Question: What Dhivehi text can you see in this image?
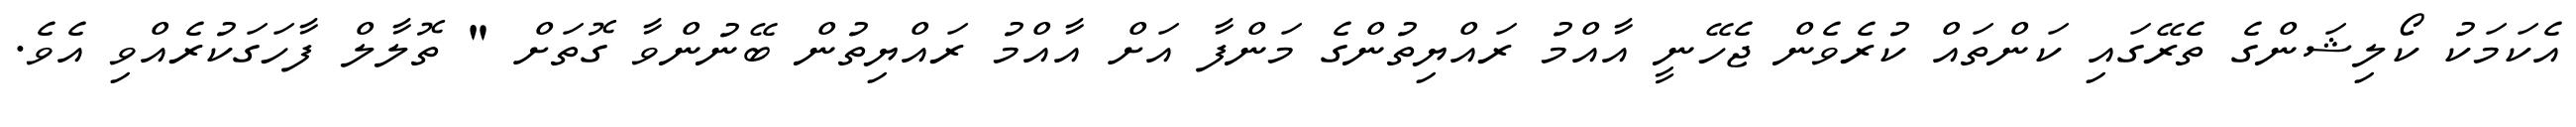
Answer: އެކަމަކު ކޯލިޝަންގެ ތެރޭގައި ކަންތައް ކުރެވެން ޖެހޭނީ އާއްމު ރައްޔިތުންގެ މަންފާ އަށް އާއްމު ރައްޔިތުން ބޭނުންވާ ގޮތަށް " ތޮލާލް ފާހަގަކުރެއްވި އެވެ.